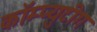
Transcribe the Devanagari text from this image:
कॉम्प्युटीग